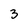
Character: 3